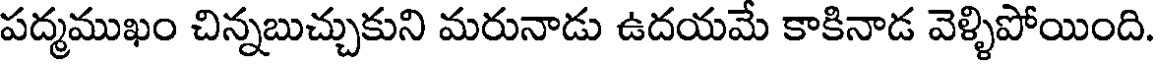
పద్మముఖం చిన్నబుచ్చుకుని మరునాడు ఉదయమే కాకినాడ వెళ్ళిపోయింది